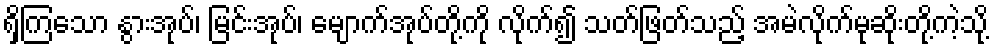
ရှိကြသော နွားအုပ်၊ မြင်းအုပ်၊ မျောက်အုပ်တို့ကို လိုက်၍ သတ်ဖြတ်သည့် အမဲလိုက်မုဆိုးတို့ကဲ့သို့